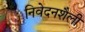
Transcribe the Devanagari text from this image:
निवेदनशैली